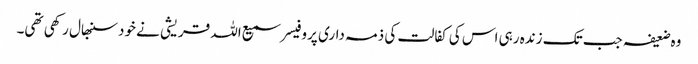
وہ ضعیفہ جب تک زندہ رہی اس کی کفالت کی ذمہ داری پروفیسر سمیع اللہ قریشی نے خود سنبھال رکھی تھی۔